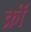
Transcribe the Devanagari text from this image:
क्रीं